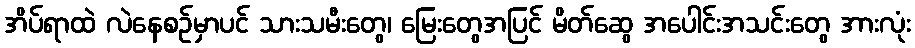
အိပ်ရာထဲ လဲနေစဉ်မှာပင် သားသမီးတွေ၊ မြေးတွေအပြင် မိတ်ဆွေ အပေါင်းအသင်းတွေ အားလုံး